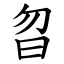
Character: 曶